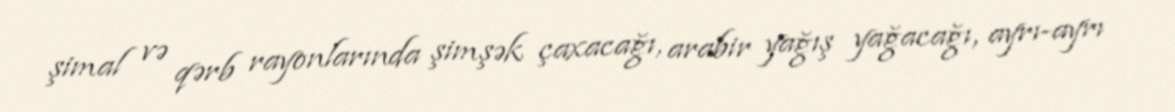
şimal və qərb rayonlarında şimşək çaxacağı, arabir yağış yağacağı, ayrı-ayrı